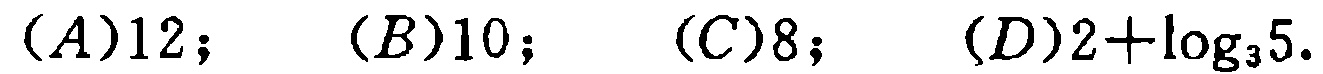
$(A)12;\quad (B)10;\quad (C)8;\quad (D)2+\log_{3}5.$